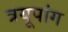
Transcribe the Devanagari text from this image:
त्रयूपांग